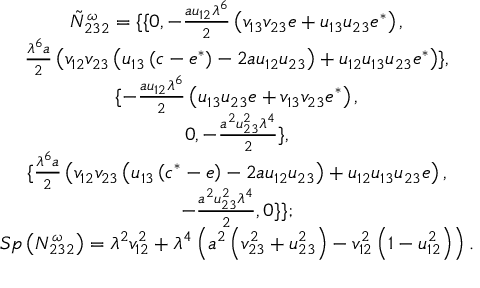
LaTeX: \begin{array} { c } { { { \tilde { N } } _ { 2 3 2 } ^ { \omega } = \{ \{ 0 , - \frac { a u _ { 1 2 } \lambda ^ { 6 } } 2 \left( v _ { 1 3 } v _ { 2 3 } e + u _ { 1 3 } u _ { 2 3 } e ^ { * } \right) , } } \\ { { \frac { \lambda ^ { 6 } a } 2 \left( v _ { 1 2 } v _ { 2 3 } \left( u _ { 1 3 } \left( c - e ^ { * } \right) - 2 a u _ { 1 2 } u _ { 2 3 } \right) + u _ { 1 2 } u _ { 1 3 } u _ { 2 3 } e ^ { * } \right) \} , } } \\ { { \{ - \frac { a u _ { 1 2 } \lambda ^ { 6 } } 2 \left( u _ { 1 3 } u _ { 2 3 } e + v _ { 1 3 } v _ { 2 3 } e ^ { * } \right) , } } \\ { { 0 , - \frac { a ^ { 2 } u _ { 2 3 } ^ { 2 } \lambda ^ { 4 } } 2 \} , } } \\ { { \{ \frac { \lambda ^ { 6 } a } 2 \left( v _ { 1 2 } v _ { 2 3 } \left( u _ { 1 3 } \left( c ^ { * } - e \right) - 2 a u _ { 1 2 } u _ { 2 3 } \right) + u _ { 1 2 } u _ { 1 3 } u _ { 2 3 } e \right) , } } \\ { { - \frac { a ^ { 2 } u _ { 2 3 } ^ { 2 } \lambda ^ { 4 } } 2 , 0 \} \} ; } } \\ { { S p \left( N _ { 2 3 2 } ^ { \omega } \right) = \lambda ^ { 2 } v _ { 1 2 } ^ { 2 } + \lambda ^ { 4 } \left( a ^ { 2 } \left( v _ { 2 3 } ^ { 2 } + u _ { 2 3 } ^ { 2 } \right) - v _ { 1 2 } ^ { 2 } \left( 1 - u _ { 1 2 } ^ { 2 } \right) \right) . } } \end{array}